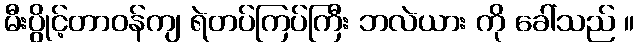
မီးပွိုင့်တာဝန်ကျ ရဲတပ်ကြပ်ကြီး ဘလဲယား ကို ခေါ်သည် ။